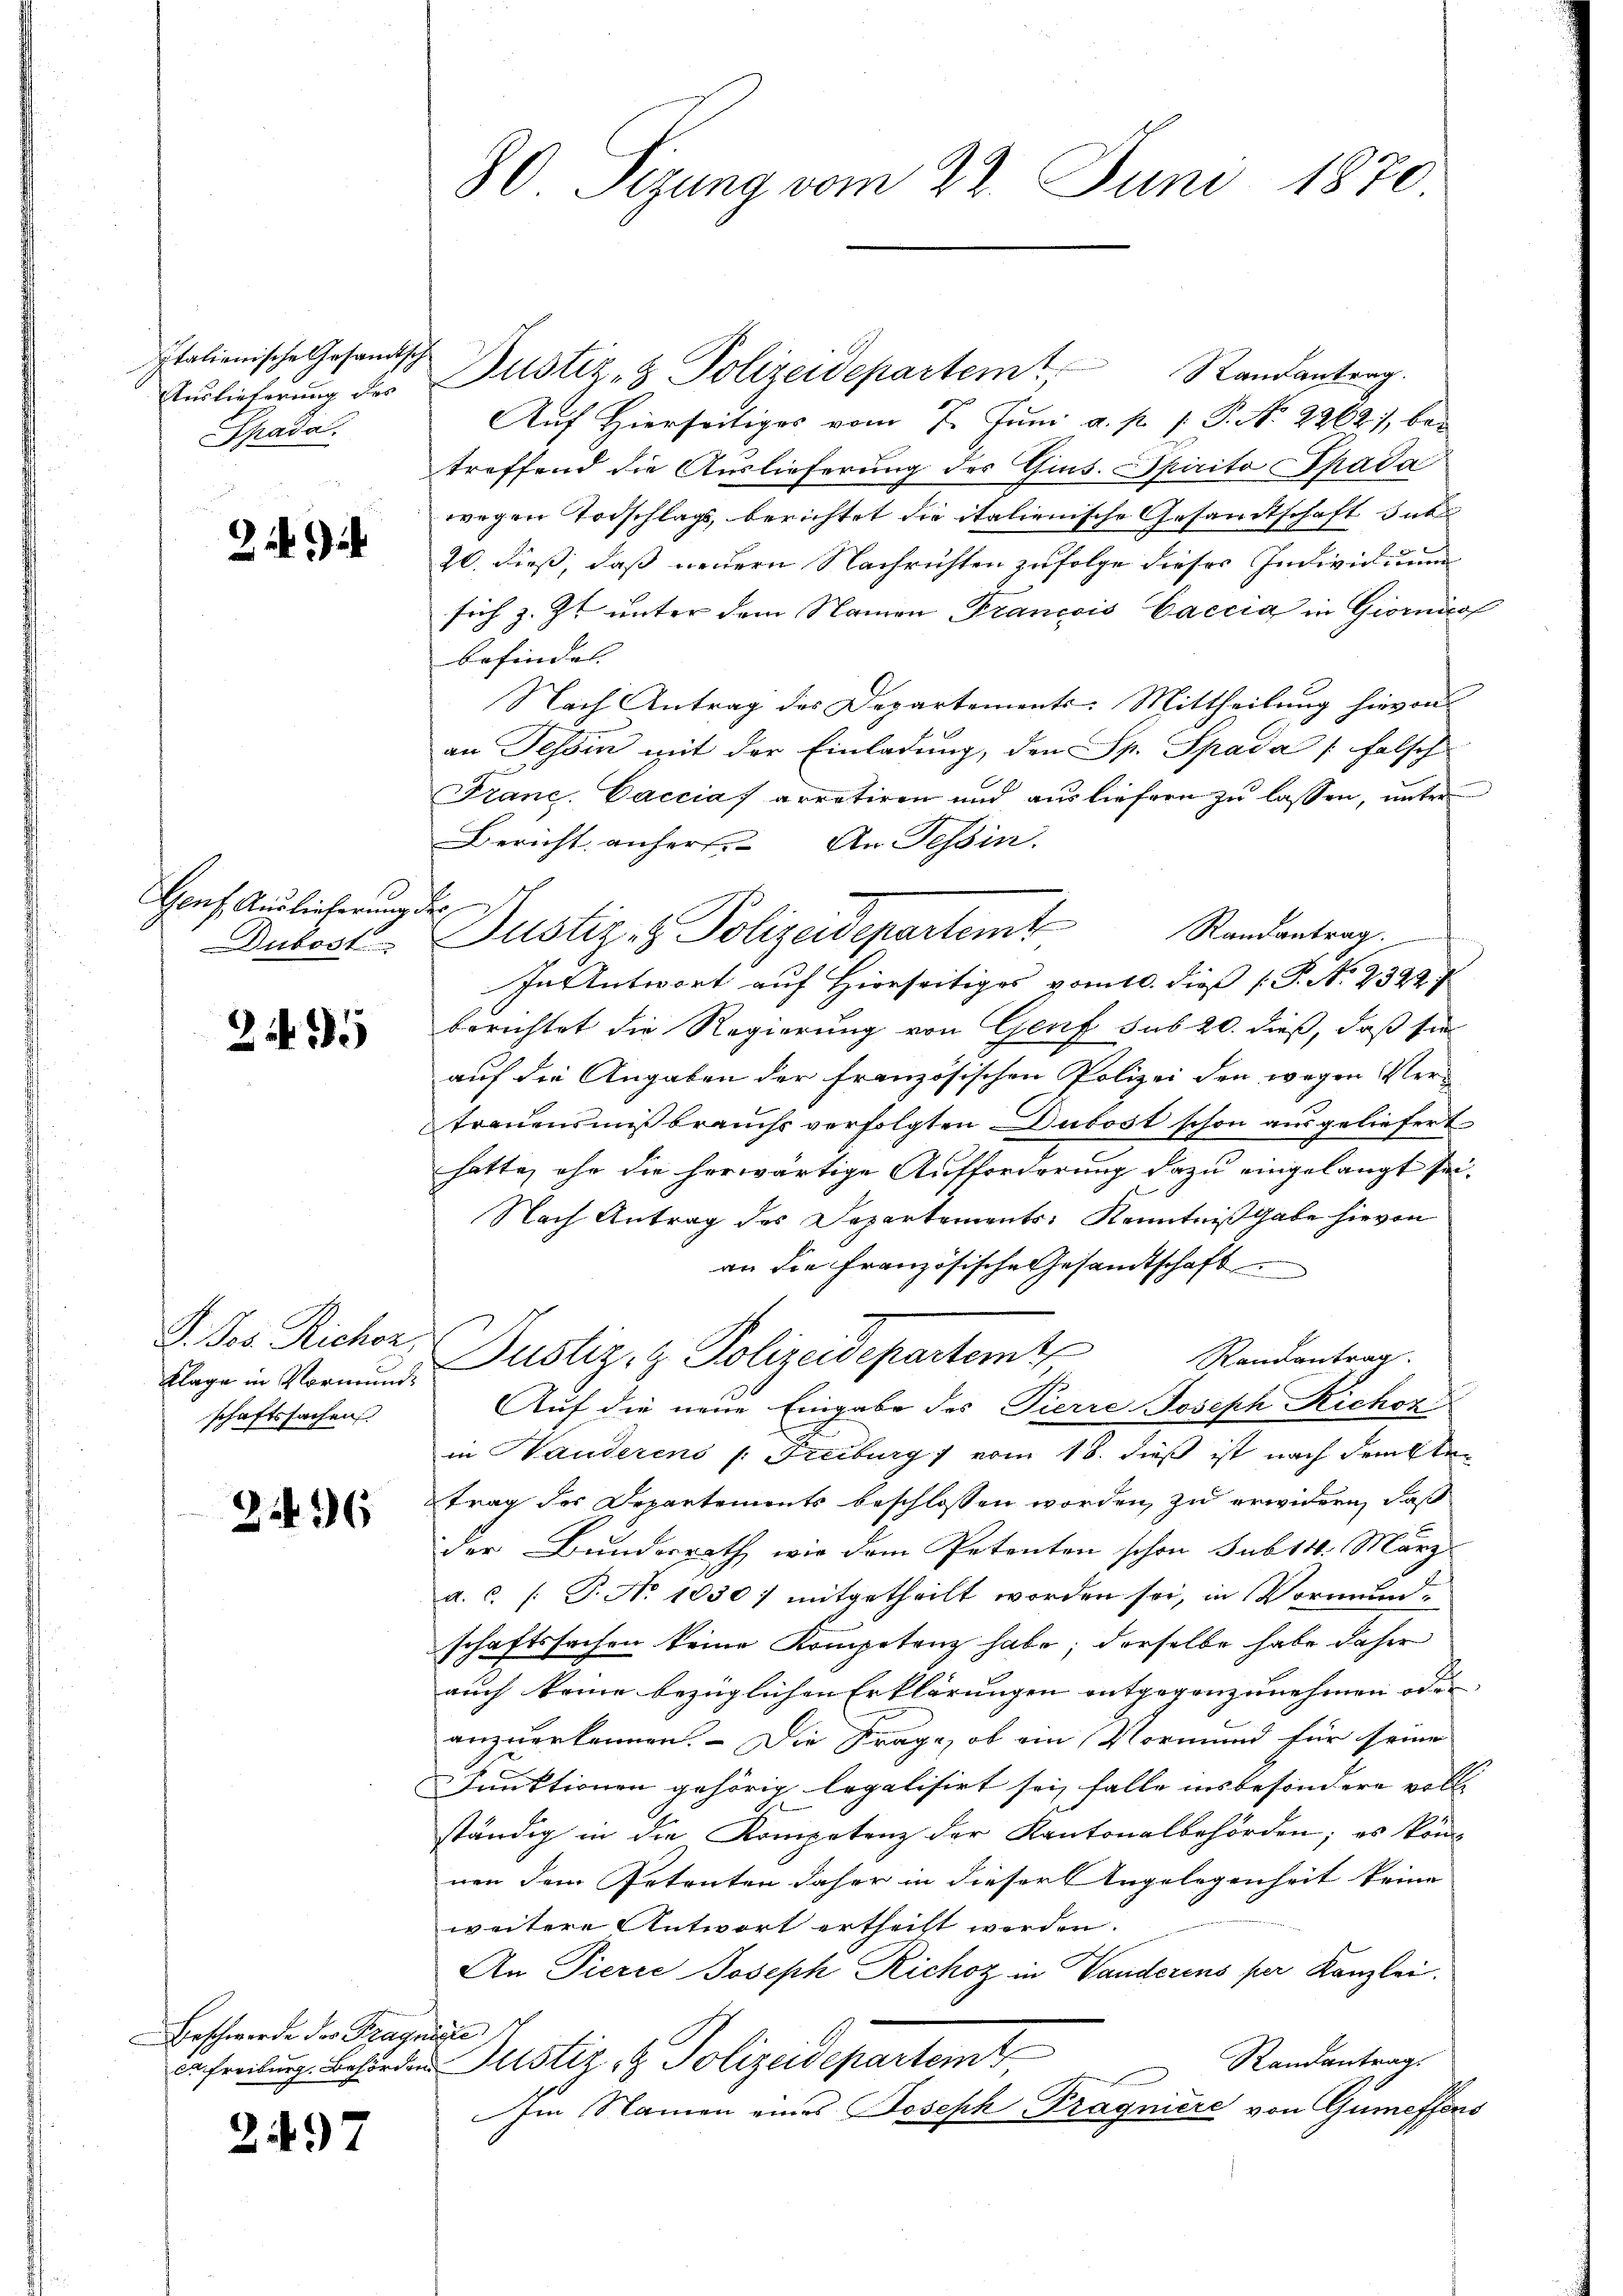
Italienische Gesandtisch
Auslieferung des
Spada.

Genf. Auslieferung des
Dubost

245

klage in Vormunds
schaftssachen

2496

Beschwerde des Fragnegie

2497

80 Sizung vom 22. Juni 1870

Justiz- & Polizeidepartem Randantrag.
Auf Hierseitiges vom 7. Juni a. p. 1. P. No. 2262), be-
treffend die Auslieferung des Gins. Spirito pada
wegen Todschlags, berichtet die italienische Gesandtschaft das
20. dieß, daß wedern Nachrichten zufolge dieses Individuum
sich z. Zt. unter dem Namen Francois Caccia in Gioricof
befindet. |
Nach Antrag des Departements-Mittheilung hievon
an Tessin mit der Einladung, den Sp. Spada [falsch
Franc, Vaccias arretiren und ausliefern zu lassen, unter
Bericht anhers. An Tessin.
In Antwort auf Hierseitiges vom 10. dieß (P. N. 2322 f.
berichtet die Regierung von Genf sub 20. dieß, daß sie
auf die Angaben der französischen Polizei den wegen Vertrauensmißbrauchs verfolgten Dubost schon ausgeliefert
hatte, ihn die herwärtige Aufforderung dazu eingelangt sei.
Nach Antrag des Departements, Kenntniß gabe hievon
an die französische Gesamtschaft
I. Der Richer Justiz & Polizeidepartemt
Randantrag
Auf die neue Eingabe des Pierre Joseph Richon
in Handerens /: Freiburg vom 18. dieß ist nach demsten
trag des Departements beschlossen worden, zu erwidern, daß
der Bundesrath wie dem Petenten schon sub 111. März
a. c. (T. No 1030) mitgetheilt worden sei, in Vormund-
schaftssachen keine Kompetenz habe; derselbe habe daher
auch keine bezüglichen Erklärungen entgegenzunehmen oder |
anzuerkennen. – Die Frage, ob ein Vormund für seine
1
Funktionen gehörig legalisirt sei, falle insbesondere voll- |
ständig in die Kompetenz der Kantonalbehörden; es kön
nen dem Petenten daher in dieser Angelegenheit keine
weitere Antwort ertheilt werden.
An Pierre Joseph Richoz in Vanderens per Kanzlei.
Randantrag
Brchreibung. Behörden Justiz & Polizeidepartemt
Im Namen eines Joseph Pragniere von Gumeffens

Justiz- & Polizeidepartem Randantrag.